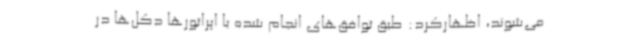
می‌شوند، اظهارکرد: طبق توافق‌های انجام شده با اپراتورها دکل‌ها در